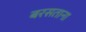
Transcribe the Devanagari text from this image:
बरसताना